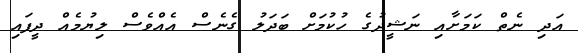
އަދި ނެތް ކަމަށާއި ނަޝީދުގެ ހުކުމަށް ބަދަލު ގެނެސް އެއްވެސް ލިޔުމެއް ދީފައި